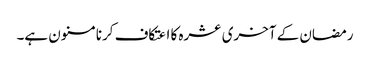
رمضان کے آخری عشرہ کا اعتکاف کرنا مسنون ہے۔